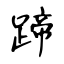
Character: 蹄